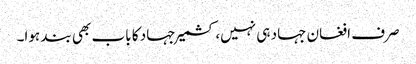
صرف افغان جہاد ہی نہیں، کشمیر جہاد کا باب بھی بند ہوا۔